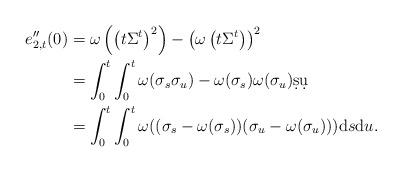
LaTeX: \begin{align*}e''_{2, t} (0) &= \omega \left( \left( t\Sigma^t \right) ^2 \right) - \left(\omega \left( t \Sigma^t \right) \right)^2 \\&= \int_0^t \int_0^t \omega ( \sigma_s \sigma_u ) - \omega ( \sigma_s ) \omega ( \sigma_u ) \d s \d u \\&= \int_0 ^t \int_0 ^t \omega((\sigma_s - \omega (\sigma_s)) (\sigma_u - \omega (\sigma_u ) ) ) \mathrm{d}s\mathrm{d}u .\end{align*}